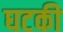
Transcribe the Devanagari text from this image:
घटकी